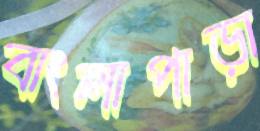
বাংলাপাড়া